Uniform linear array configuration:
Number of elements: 24
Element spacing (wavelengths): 0.5
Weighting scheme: kaiser
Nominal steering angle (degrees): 30
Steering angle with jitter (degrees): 28.256
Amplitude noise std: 0.05
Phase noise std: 0.05

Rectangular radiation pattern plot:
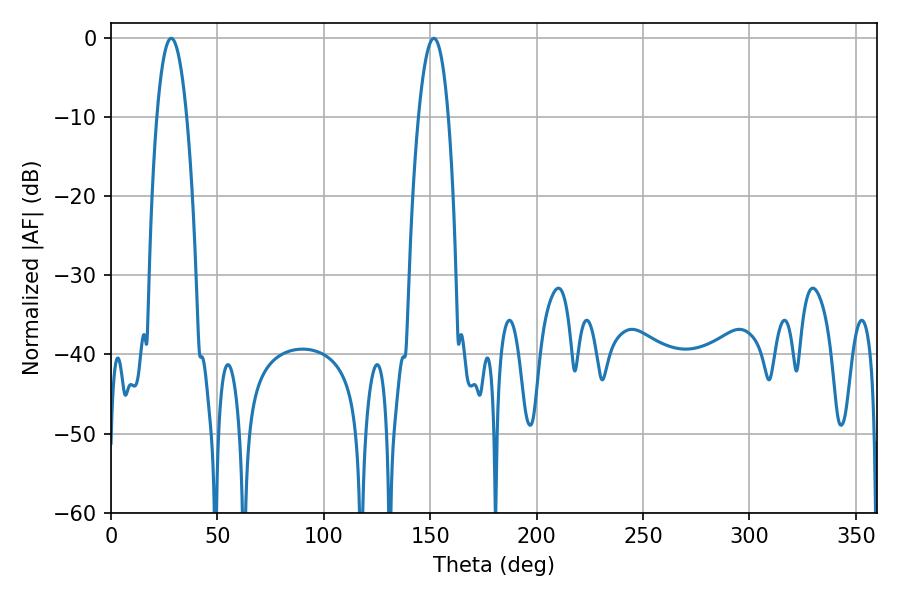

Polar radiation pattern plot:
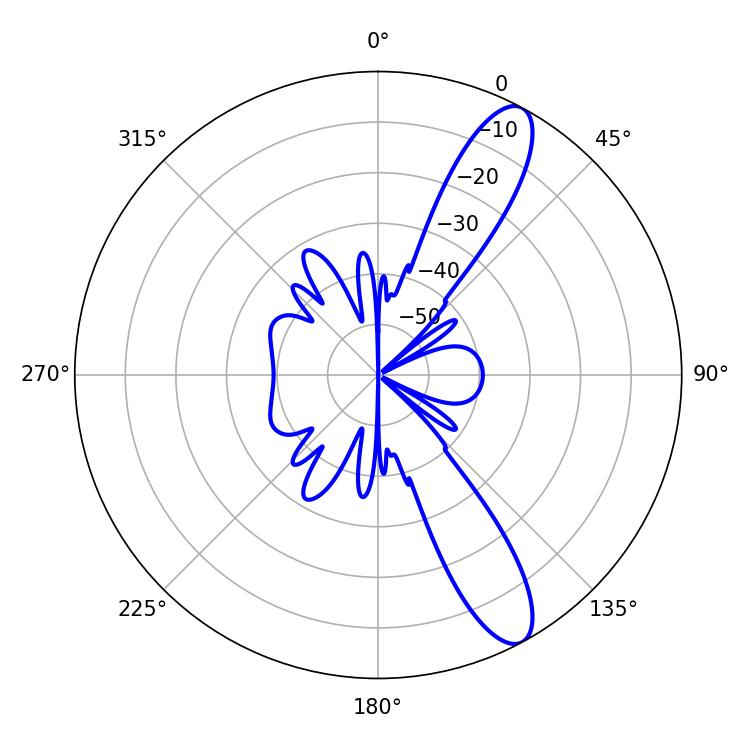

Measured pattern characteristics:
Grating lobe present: FALSE
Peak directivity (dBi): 11.608
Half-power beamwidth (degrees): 7.74
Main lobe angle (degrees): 28.26